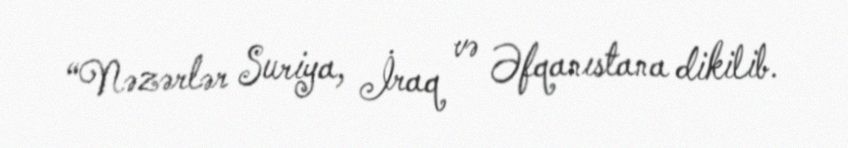
“Nəzərlər Suriya, İraq və Əfqanıstana dikilib.